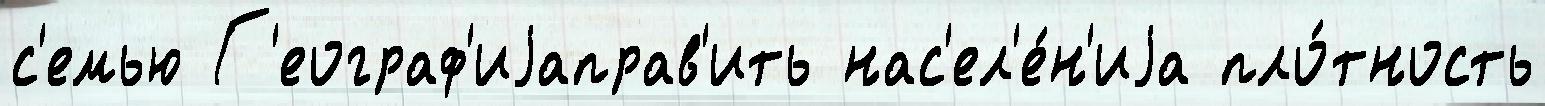
с'емью Г'еограф'иjаправ'ить нас'ел'е́н'иjа пло́тность